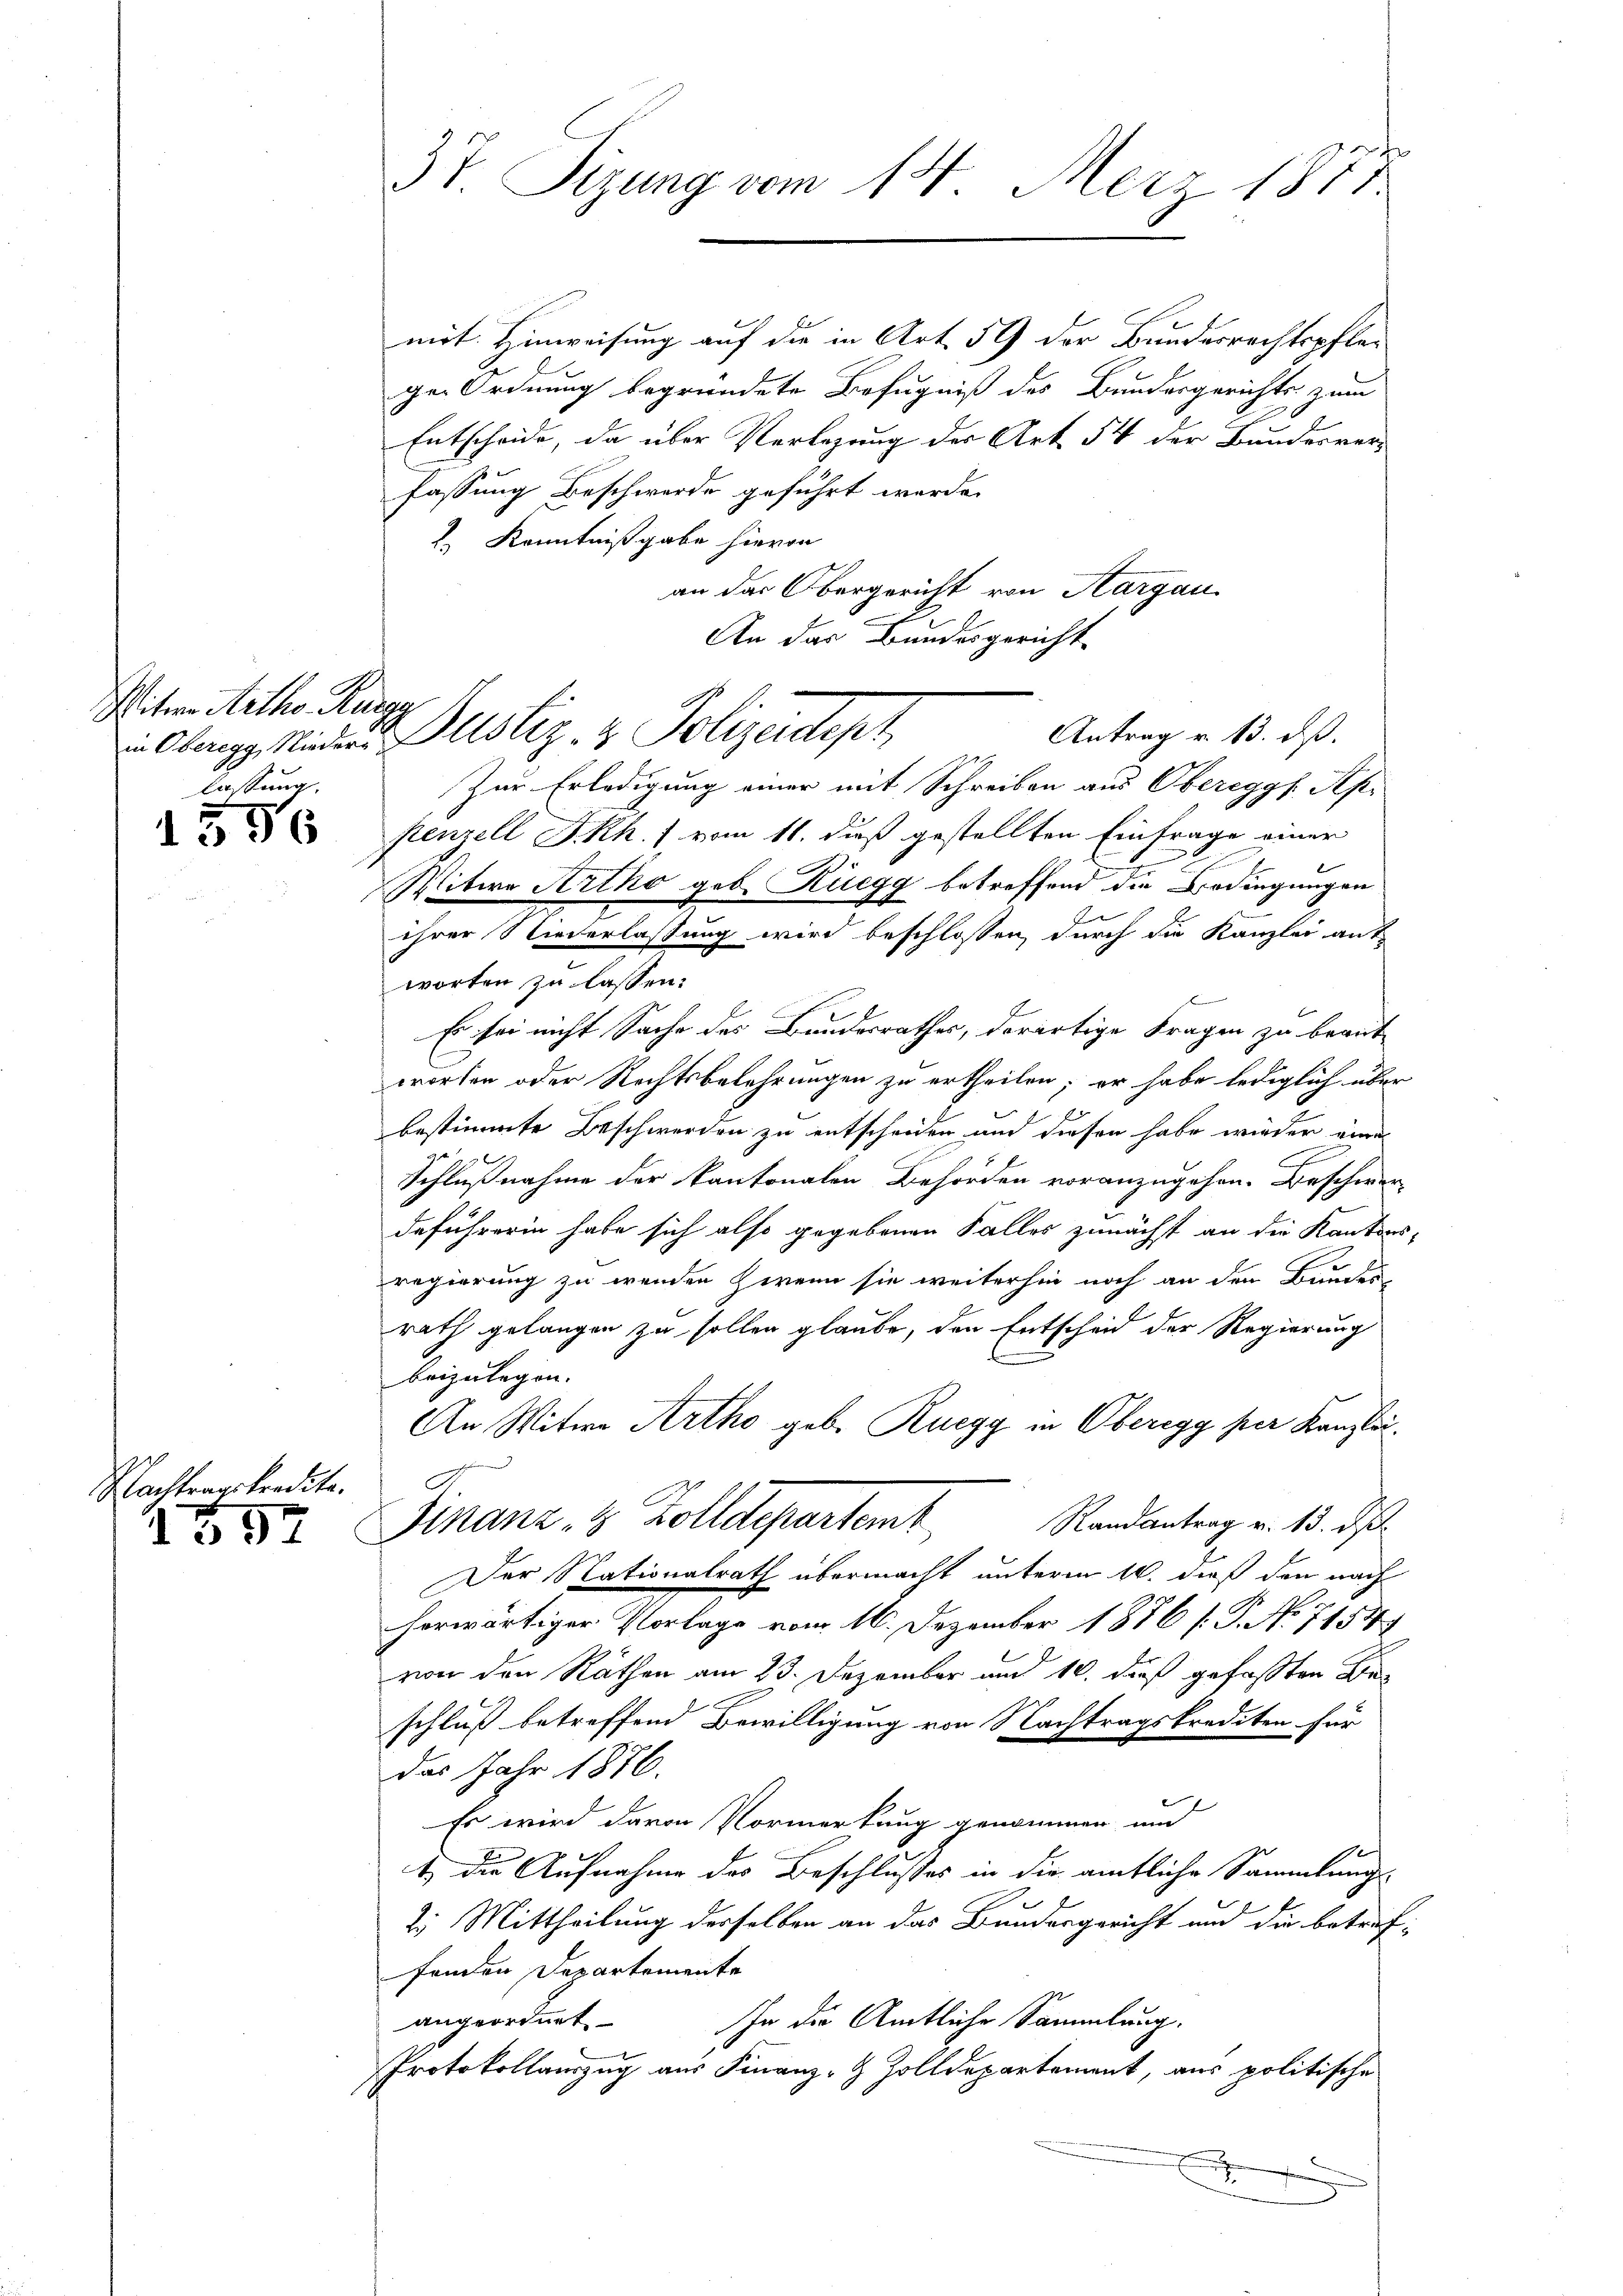
Mitten Artho Ruegg
lassung,

1556

Nachtragskredita.

1552

mit Hinweisung auf die in Art. 59 der Bundesrechtspflege Ordnung begründete Befugniß des Bundesgerichts zum
Entscheide, da über Verlegung der Art. 54 der Bundesverfassung Beschwerde geführt werde.
 Kenntnißgabe hievon
an das Obergericht von Aargau
An das Bundesgericht
Zur Erledigung einer mit Schreiben aus Obereggs Ap.
penzell I.Rh.) vom 11. dieß gestellten Einfrage einer
Witwe Artho geb. Rüegg betreffend die Bedingungen
ihrer Niederlassung wird beschlossen, durch die Kanzlei ant
worten zu lassen:
Es sei nicht Sache des Bundesrathes, derartige Fragen zu beaufworten oder Rechtsbelehrungen zu ertheilen; er habe lediglich über
e
bestimmte Beschwerden zu entscheiden an diesen habe wieder eine
2
Schlußnahme der kantonalen Behörden voranzugehen. Beschwerdeführerin habe sich also gegebenen Falles zunächst an die Kantons-
regierung zu werden zwenn sie weiterhin noch an den Bundes-
rath gelangen zu sollen glaube, den Entscheid der Regierung
beizulegen.
An Witwe Artho geb. Ruegg in Oberegg per Kanzlei¬
Finanz, 8 Zolldepartemt
Randantrag v. 13. ds.
Der Nationalrath übermacht unterm 16. dieß den nach
horwärtiger Vorlage vom 16. Dezember 1876 /.P. No 7154.
von den Räthen am 23. Dezember und 10. dieß gefaßten Beschluß betreffend Bewilligung von Nachtragskrediten für
das Jahr 1876.
Es wird davon Vormerkung genommen und
t die Aufnahme des Beschlusses in die amtliche Sammlungs-
2. Mittheilung derselben an das Bundesgericht und die betreffenden Departemente
In die Amtliche Sammlung.
angeordnet
Protokollauszug aus Finanz- & Zolldepartement, aus politische
e

37 Sizung vom 14. Merz 1881

Antrag v. 13. ds.
in Oberegg, Nieder Dustiz- & Polizeidept